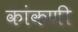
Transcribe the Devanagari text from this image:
कांकणी